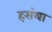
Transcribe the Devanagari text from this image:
हसंथा